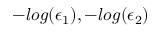
- l o g ( \epsilon _ { 1 } ) , - l o g ( \epsilon _ { 2 } )